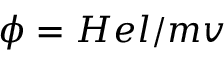
\phi = H e l / m v